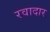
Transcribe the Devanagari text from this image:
रवादार